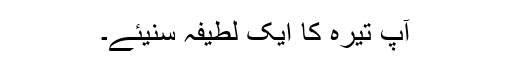
آپ تیرہ کا ایک لطیفہ سنیئے۔